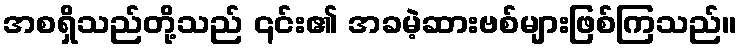
အစရှိသည်တို့သည် ၎င်း၏ အခမဲ့ဆားဗစ်များဖြစ်ကြသည်။